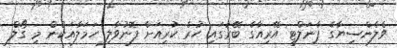
ވެލެންސިޔާގެ ޕެނަލްޓީ އޭރިއާގެ ބޭރުގައި ހުރެ ކުރިއަށް ފޮނުވާލި ހަމަލާއަކުން މި ގޯލް